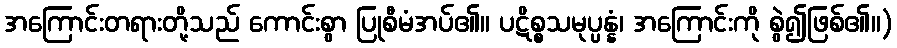
အကြောင်းတရားတို့သည် ကောင်းစွာ ပြုစီမံအပ်၏။ ပဋိစ္စသမုပ္ပန္နံ၊ အကြောင်းကို စွဲ၍ဖြစ်၏။)